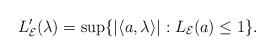
LaTeX: \begin{gather*}L_{\mathcal E}'(\lambda)=\sup \{|\langle a, \lambda\rangle|: L_{\mathcal E}(a) \leq 1\}.\end{gather*}